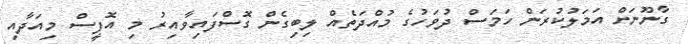
ގާނޫނަށް އަމަލުކުރަން ހަމަސް ދުވަހުގެ މުއްދަތެއް ލިބިގެން ގޮސްފައިވާއިރު މި އޮފީސް މިއަދާއި